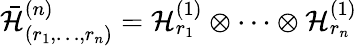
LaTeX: {\bar{\cal H}}_{(r_{1},\ldots,r_{n})}^{(n)}={\cal H}_{r_{1}}^{(1)}\otimes\cdots\otimes{\cal H}_{r_{n}}^{(1)}